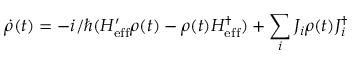
\dot { \rho } ( t ) = - i / \hbar ( H _ { \mathrm { e f f } } ^ { \prime } \rho ( t ) - \rho ( t ) H _ { \mathrm { e f f } } ^ { \dagger } ) + \sum _ { i } J _ { i } \rho ( t ) J _ { i } ^ { \dagger }